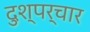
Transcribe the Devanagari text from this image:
दुश्पर्चार